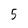
Character: 5